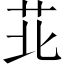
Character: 苝